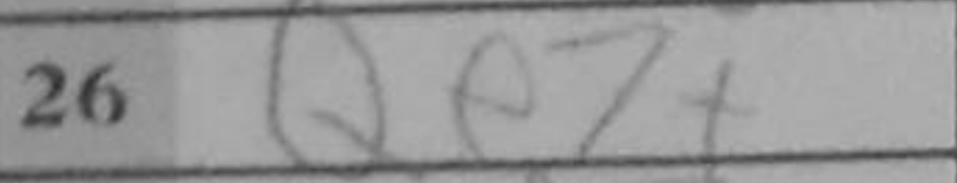
Transcription: Qe7+